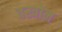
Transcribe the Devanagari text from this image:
वस्त्रोन